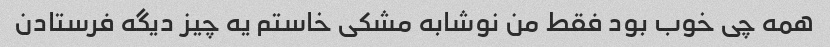
همه چی خوب بود فقط من نوشابه مشکی خاستم یه چیز دیگه فرستادن